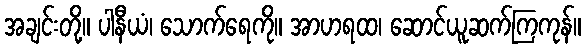
အချင်းတို့။ ပါနီယံ၊ သောက်ရေကို။ အာဟရထ၊ ဆောင်ယူဆက်ကြကုန်။